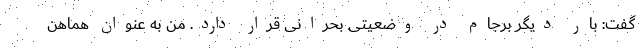
گفت: بار دیگر برجام در وضعیتی بحرانی قرار دارد. من به عنوان هماهن